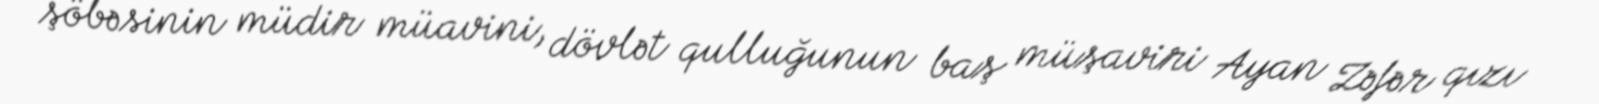
şöbəsinin müdir müavini, dövlət qulluğunun baş müşaviri Ayan Zəfər qızı